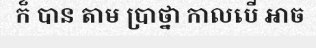
ក៏ បាន តាម ប្រាថ្នា កាលបើ អាច